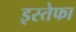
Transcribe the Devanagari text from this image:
इस्तेफा